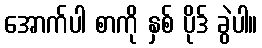
အောက်ပါ စာကို နှစ် ပိုဒ် ခွဲပါ။